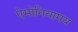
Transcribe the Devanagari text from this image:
ऐमोनियामय